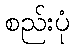
စည်းပုံ